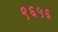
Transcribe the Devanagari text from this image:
९६५६